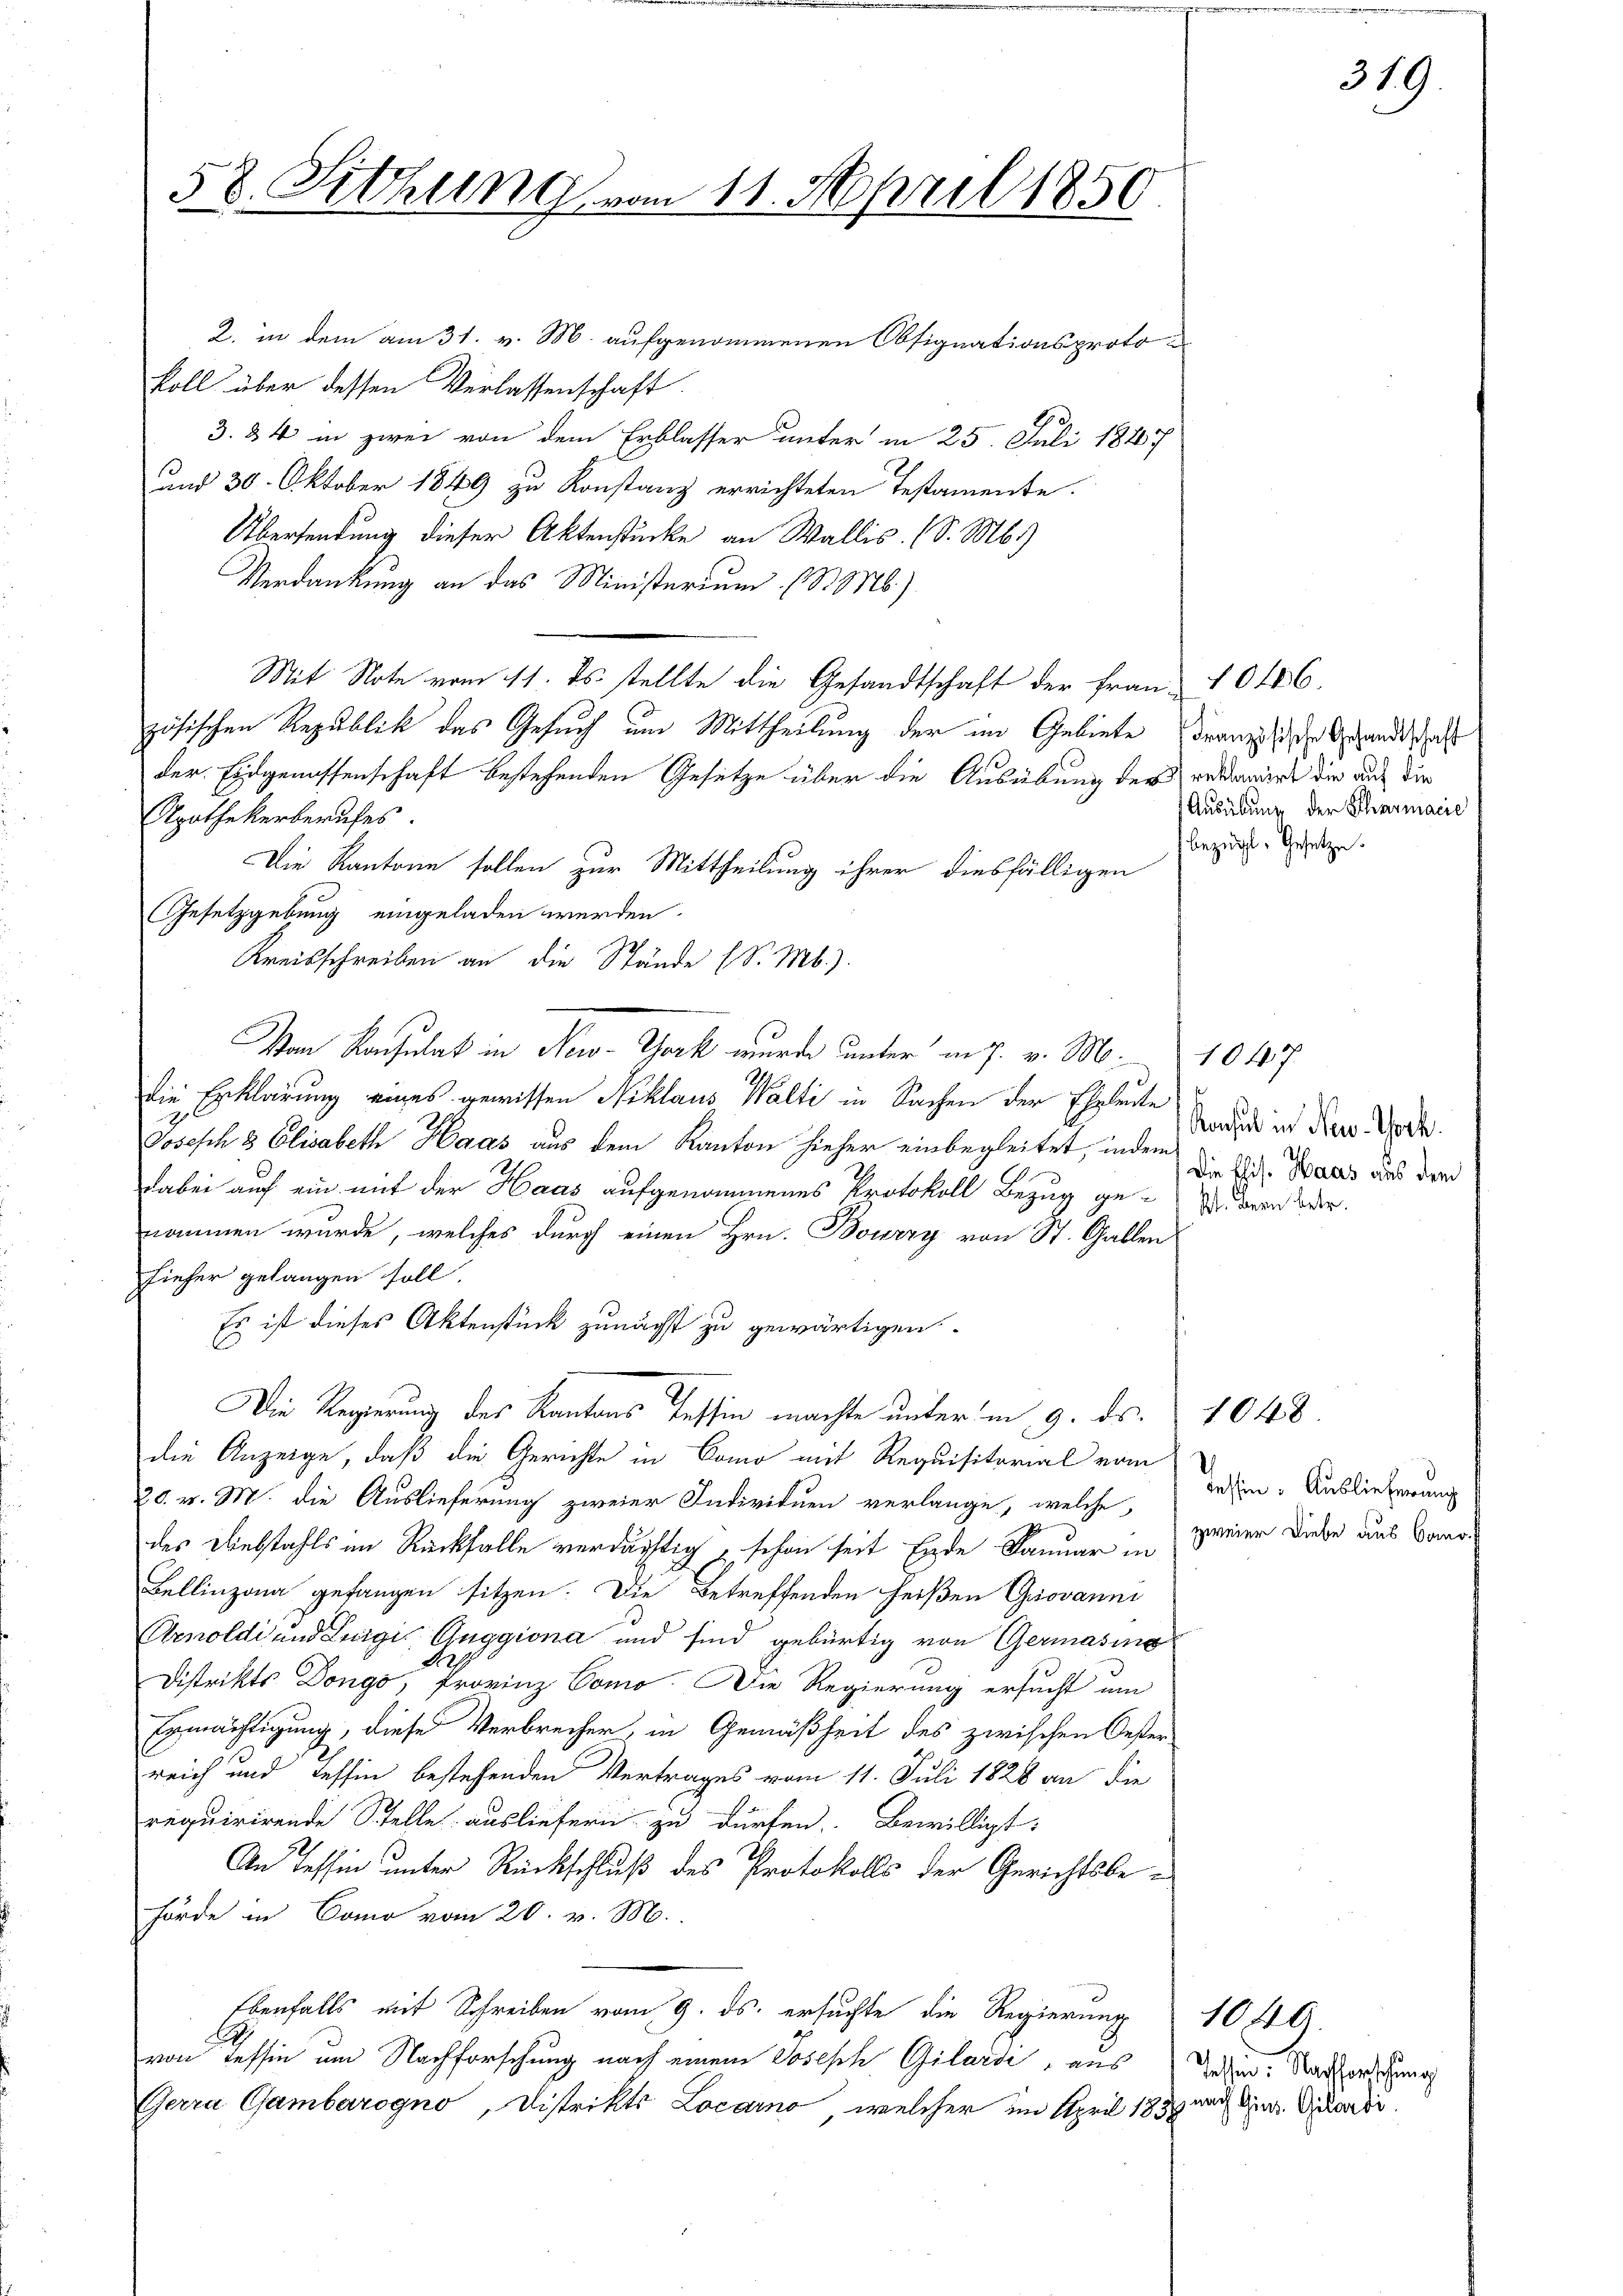
58. Sitzung vom 11. April 1850

2. in dem am 31. v. M. aufgenommenen Obsignationsprotokoll über dessen Verlassenschaft
3. 84 in zwei von dem Erblasser unter in 25. Juli 1847
und 30. Oktober 1849 zu Konstanz errichteten Testamente.
Übersendung dieser Aktenstücke an Wallis. (S. M.)
Verdankung an das Ministerium (S. Nb.)
Mit Note vom 11. ds. stellte die Gesandtschaft der Frau 10 186,
zösischen Republik des Gesuch um Mittheilung der im Gebiete
der Eidgenossenschaft bestehenden Gesetze über die Ausübung der erkannt die auch die
Apothekerberufes.
Die Kantone sollen zur Mittheilung ihrer diesfälligen
Gesetzgebung eingeladen werden.
Kreisschreiben an die Stände (S. M.).
Von Rachsulat in New-York wurde unter in J. v. M.
die Erklärung eines gewissen Niklaus Walti in Sachen der Eheleute
Joseph 3 Elisabeth Haas aus dem Kanton hieher einbegleitet, indem
dabei auf ein mit der Haas aufgenommenes Protokoll Bezug ge¬ Diderren der
nommen wurde, welches durch einen Hrn. Bourzy von St. Gallen
tiefer gelangen soll.
Es ist dieses Aktenstück zunächst zu gewärtigen
l
Die Regierung des Kantons Tessin machte unter in 9. ds.
die Anzeige, daß die Gerichte in Como mit Requisitorial vom
20. v. M. die Auslieferung zweier Individuen verlange, welche
des Diebstahls in Rückfalle verdächtig, schon seit Ende Januar in
Bellinzona gefangen sitzen. Die betreffenden heißen Giovanni
Arnoldi und Luigi Guggiona und sind gebürtig von Germasino
Distrikts Dongo, Provinz Como. Die Regierung ersucht am
Ermächtigung, diese Verbrecher, in Gemäßheit des zwischen Oester-
reich und Tessin bestehenden Vertrages vom 11. Juli 1828 an die
requirirende Stelle ausliefern zu dürfen. Bewilligt:
An Tessin unter Rückschluß des Protokolls der Gerichtsbehörde in Como vom 20. v. M.
Ebenfalls mit Schreiben vom 9. ds. ersuchte die Regierung
von Tessin um Nachforschung nach einem Joseph Gilarde, aus
Gerra Gambarogno, Distrikts Locarno, welcher im April 1837 nach Dir. Vicardi

Französische Gesandtschaft
Ausübung der Pharmacie
bezügl. Gesetze.

1047.
Konsul in New-York.
Die Elis. Haas aus dem

dessen. Auslieferung
zweier Diebe aus Como¬

1048

1040

319

Tessen. Nachforschung